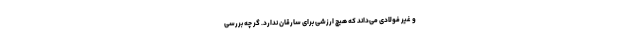
و غیر فولادی می‌داند که هیچ ارزشی برای سارقان ندارد. گر چه بررسی‌